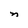
Character: n